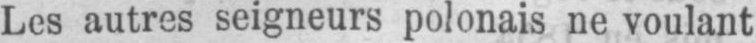
Les autres seigneurs polonais ne voulant